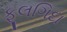
ફૂલગિદા